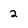
Character: 2